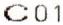
C01